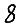
Digit: 8